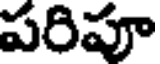
పరిపూ